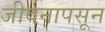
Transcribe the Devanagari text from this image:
जीवनापसून